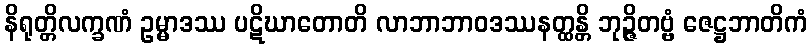
နိရုတ္တိလက္ခဏံ ဥမ္မာဒဿ ပဋိဃာတောတိ လာဘာဘာဝဒဿနတ္ထန္တိ ဘုဉ္ဇိတဗ္ဗံ ဇေဋ္ဌဘာတိကံ